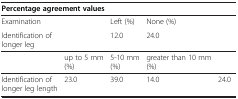
<table><thead><tr><td colspan="5"><b>Percentage agreement values</b></td></tr></thead><tbody><tr><td>Examination</td><td>[EMPTY_CELL]</td><td>Left (%)</td><td colspan="2">None (%)</td></tr><tr><td>Identification of longer leg</td><td>[EMPTY_CELL]</td><td>12.0</td><td colspan="2">24.0</td></tr><tr><td>[EMPTY_CELL]</td><td>up to 5 mm (%)</td><td>5-10 mm (%)</td><td>greater than 10 mm (%)</td><td>[EMPTY_CELL]</td></tr><tr><td>Identification of longer leg length</td><td>23.0</td><td>39.0</td><td>14.0</td><td>24.0</td></tr></tbody></table>